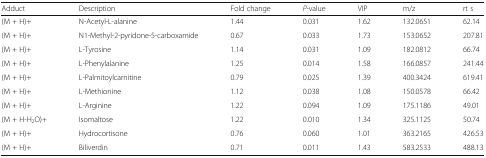
<table><thead><tr><td><b>Adduct</b></td><td><b>Description</b></td><td><b>Fold change</b></td><td><b><i>P</i>-value</b></td><td><b>VIP</b></td><td><b>m/z</b></td><td><b>rt s</b></td></tr></thead><tbody><tr><td>(M + H)+</td><td>N-Acetyl-L-alanine</td><td>1.44</td><td>0.031</td><td>1.62</td><td>132.0651</td><td>62.14</td></tr><tr><td>(M + H)+</td><td>N1-Methyl-2-pyridone-5-carboxamide</td><td>0.67</td><td>0.033</td><td>1.73</td><td>153.0652</td><td>207.81</td></tr><tr><td>(M + H)+</td><td>L-Tyrosine</td><td>1.14</td><td>0.031</td><td>1.09</td><td>182.0812</td><td>66.74</td></tr><tr><td>(M + H)+</td><td>L-Phenylalanine</td><td>1.25</td><td>0.014</td><td>1.58</td><td>166.0857</td><td>241.44</td></tr><tr><td>(M + H)+</td><td>L-Palmitoylcarnitine</td><td>0.79</td><td>0.025</td><td>1.39</td><td>400.3424</td><td>619.41</td></tr><tr><td>(M + H)+</td><td>L-Methionine</td><td>1.12</td><td>0.038</td><td>1.08</td><td>150.0578</td><td>66.42</td></tr><tr><td>(M + H)+</td><td>L-Arginine</td><td>1.22</td><td>0.094</td><td>1.09</td><td>175.1186</td><td>49.01</td></tr><tr><td>(M + H-H<sub>2</sub>O)+</td><td>Isomaltose</td><td>1.22</td><td>0.010</td><td>1.34</td><td>325.1125</td><td>50.74</td></tr><tr><td>(M + H)+</td><td>Hydrocortisone</td><td>0.76</td><td>0.060</td><td>1.01</td><td>363.2165</td><td>426.53</td></tr><tr><td>(M + H)+</td><td>Biliverdin</td><td>0.71</td><td>0.011</td><td>1.43</td><td>583.2533</td><td>488.13</td></tr></tbody></table>